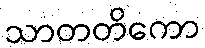
သာတတိကော